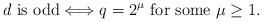
LaTeX: \begin{align*}\textrm{$d$ is odd} \Longleftrightarrow q=2^{\mu} \textrm{ for some } \mu\geq1.\end{align*}